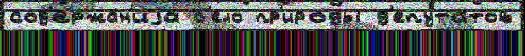
сод'ержа́н'иjа б'ело пр'иро́ды д'епута́тов